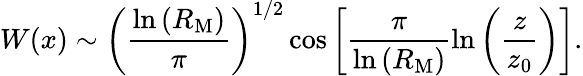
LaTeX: W(x)\sim\bigg(\frac{\ln{(R_{\mathrm{M}})}}{\pi}\bigg)^{1/2}\cos{\bigg[\frac{\pi}{\ln{(R_{\mathrm{M}})}}\ln{\bigg(\frac{z}{z_{0}}\bigg)}\bigg]}.